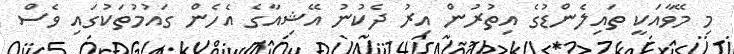
މި މޭވާއަކީ ތައިލެންޑުގެ އިތުރުން އިރު ދެކުނު އޭޝިއާގެ އެހެން ގައުމުތަކުގައި ވެސް